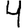
Digit: 4